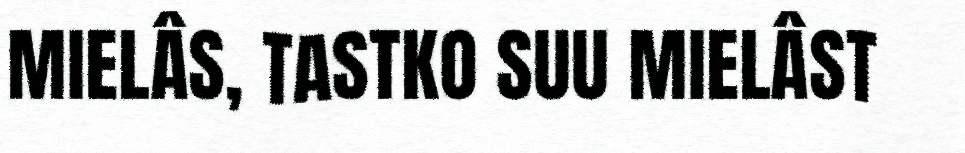
MIELÂS, TASTKO SUU MIELÂST